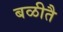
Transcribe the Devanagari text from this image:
बळीतै